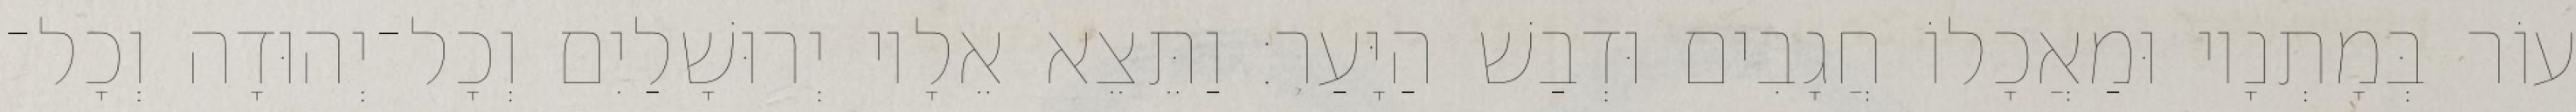
עוֹר בְּמָתְנָיו וּמַאֲכָלוֹ חֲגָבִים וּדְבַשׁ הַיָּעַר׃ וַתֵּצֵא אֵלָיו יְרוּשָׁלַיִם וְכָל־יְהוּדָה וְכָל־